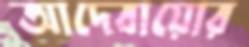
আদেবায়োর